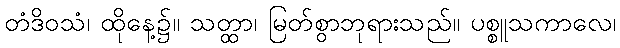
တံဒိဝသံ၊ ထိုနေ့၌။ သတ္ထာ၊ မြတ်စွာဘုရားသည်။ ပစ္စူသကာလေ၊